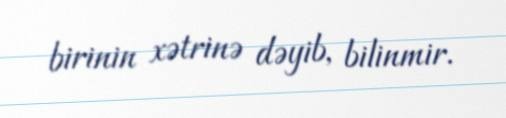
birinin xətrinə dəyib, bilinmir.